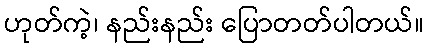
ဟုတ်ကဲ့၊ နည်းနည်း ပြောတတ်ပါတယ်။